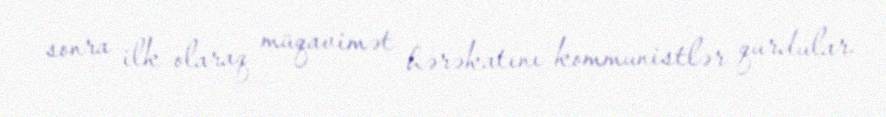
sonra ilk olaraq müqavimət hərəkatını kommunistlər qurdular.